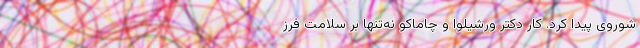
شوروی پیدا کرد. کارِ دکترِ ورشیلوا و چاماکو نه‌تنها بر سلامتِ فرز